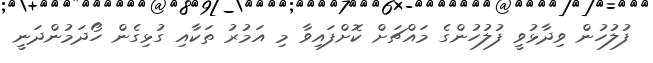
ފުލުހުން ވިދާޅުވީ ފުލުހުންގެ މައްޗަށް ކޮށްފައިވާ މި އަމުރު ތަކާއި ގުޅިގެން ހޯދަމުންދަނީ